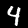
Digit: 4